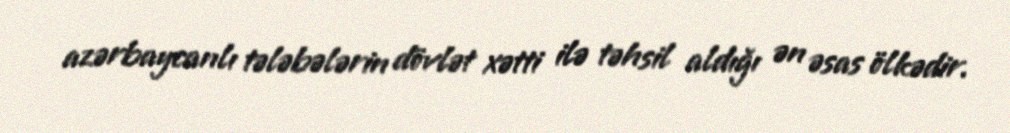
azərbaycanlı tələbələrin dövlət xətti ilə təhsil aldığı ən əsas ölkədir.